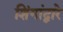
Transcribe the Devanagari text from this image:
शिंगांद्वारे